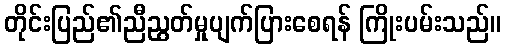
တိုင်းပြည်၏ညီညွတ်မှုပျက်ပြားစေရန် ကြိုးပမ်းသည်။